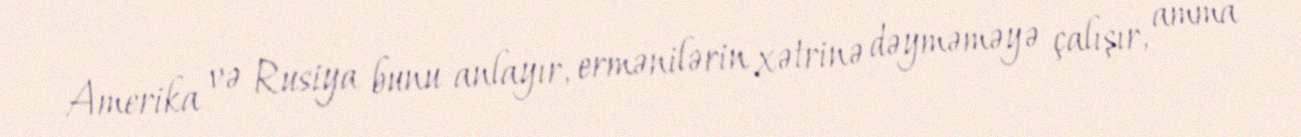
Amerika və Rusiya bunu anlayır, ermənilərin xətrinə dəyməməyə çalışır, amma